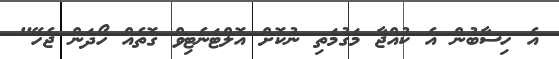
އެ ހިސާބުން އެ ކުއްޖާ މަގުމަތި ނުކޮށް އޮޮލްޓަނެޓިވް ގޮތެއް ހޯދަން ޖެހޭ"